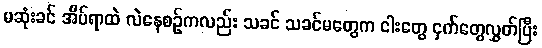
မဆုံးခင် အိပ်ရာထဲ လဲနေစဉ်ကလည်း သခင် သခင်မတွေက ငါးတွေ ငှက်တွေလွှတ်ပြီး